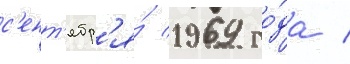
с'ент'ябр'я́ 1969 го́да /